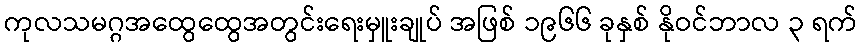
ကုလသမဂ္ဂအထွေထွေအတွင်းရေးမှူးချုပ် အဖြစ် ၁၉၆၆ ခုနှစ် နိုဝင်ဘာလ ၃ ရက်